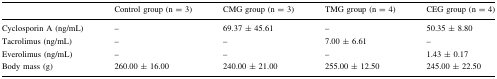
|  | Control group (n = 3) | CMG group (n = 3) | TMG group (n = 4) | CEG group (n = 4) |
 | --- | --- | --- | --- | --- |
 | Cyclosporin A (ng/mL) | – | 69.37 ± 45.61 | – | 50.35 ± 8.80 |
 | Tacrolimus (ng/mL) | – | – | 7.00 ± 6.61 | – |
 | Everolimus (ng/mL) | – | – | – | 1.43 ± 0.17 |
 | Body mass (g) | 260.00 ± 16.00 | 240.00 ± 21.00 | 255.00 ± 12.50 | 245.00 ± 22.50 |